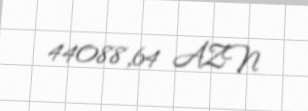
44088,64 AZN